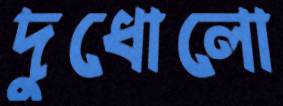
দুধোলো